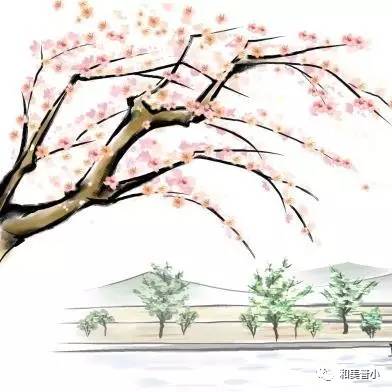
几时能命驾，对酒落花前。